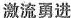
激流勇进